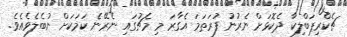
ޗެކްރިޕަބްލިކާ ދެކޮޅަށް ނެރުނު ފުރަތަމަ އެގާރަ މި މެޗުގައި ނެރޭނެ ކަމަކަށް ނުބެލެވެއެވެ.